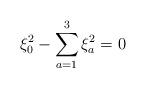
LaTeX: \begin{align*}\xi_0^2 - \sum_{a=1}^3\xi_a^2 = 0\end{align*}